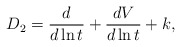
\begin{align*}D_2 = \frac{d}{d\ln t} + \frac{d V}{d\ln t} + k, \end{align*}